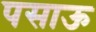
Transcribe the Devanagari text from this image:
पसाऊ